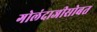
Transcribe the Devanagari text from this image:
गोलंदाजीसोबत